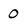
Character: 0